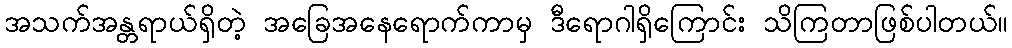
အသက်အန္တရာယ်ရှိတဲ့ အခြေအနေရောက်ကာမှ ဒီရောဂါရှိကြောင်း သိကြတာဖြစ်ပါတယ်။